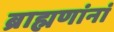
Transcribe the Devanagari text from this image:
ब्राह्मणांनां